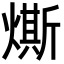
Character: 燍